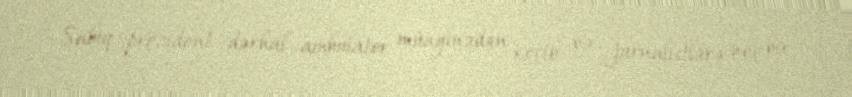
Sabiq prezident dərhal ambulator müayinədən keçib və jurnalistlərə heç bir